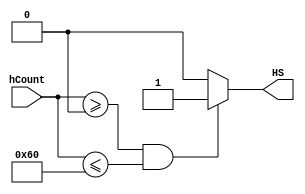
`timescale 1ns / 1ps
//////////////////////////////////////////////////////////////////////////////////
// Company: 
// Engineer: 
// 
// Design Name: 
// Module Name: CompareHSync
// Project Name: 
// Target Devices: 
// Tool Versions: 
// Description: 
// 
// Dependencies: 
// 
// Revision:
// Revision 0.01 - File Created
// Additional Comments:
// 
//////////////////////////////////////////////////////////////////////////////////


module CompareHSync(
    input [31:0] hCount,
    output reg HS
    );
    
    always@(hCount)
    begin    
        if(hCount>=0&&hCount<=96) begin
            HS<=1;
        end
        else begin
            HS<=0;
        end
        
    end
endmodule